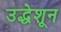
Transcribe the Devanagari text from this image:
उद्धेशून